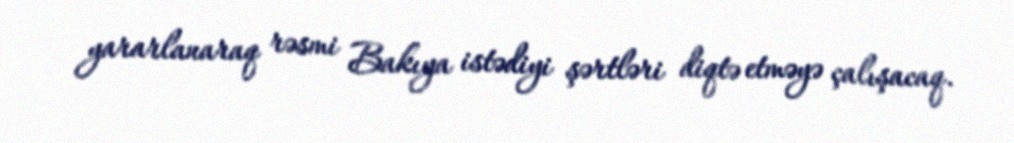
yararlanaraq rəsmi Bakıya istədiyi şərtləri diqtə etməyə çalışacaq.